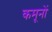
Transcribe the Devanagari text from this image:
कमूनों